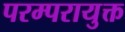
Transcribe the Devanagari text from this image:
परम्परायुक्त